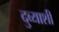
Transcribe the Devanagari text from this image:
दुव्याशी